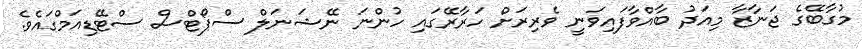
މުގާބޭގެ ޖަނާޒާ މިއަދު ބާއްވާފައިވަނީ ވެރިރަށް ހަރާރޭގައި ހުންނަ ނޭޝަނަލް ސްޕޯޓްސް ސްޓޭޑިއަމްގައެވެ.